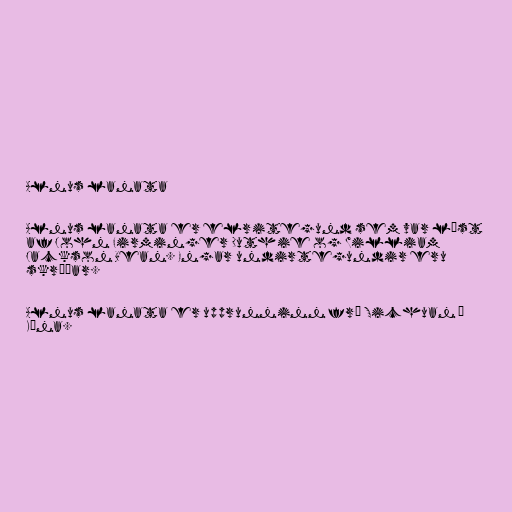
Alnus lanata

Alnus lanata er elritegund sem var lýst
af John Firminger Duthie og William
Jackson Bean. Engar undirtegundir eru
skráðar.

Alnus lanata er upprunninn frá Sichuan í
Kína.